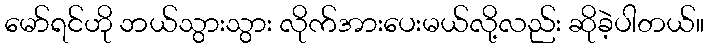
မော်ရင်ဟို ဘယ်သွားသွား လိုက်အားပေးမယ်လို့လည်း ဆိုခဲ့ပါတယ်။